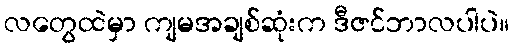
လတွေထဲမှာ ကျမအချစ်ဆုံးက ဒီဇင်ဘာလပါပဲ။